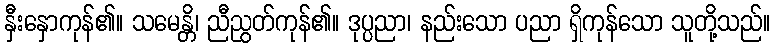
နှီးနှောကုန်၏။ သမေန္တိ၊ ညီညွတ်ကုန်၏။ ဒုပ္ပညာ၊ နည်းသော ပညာ ရှိကုန်သော သူတို့သည်။